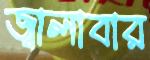
জ্বালাবার